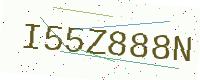
Text: I55Z888N